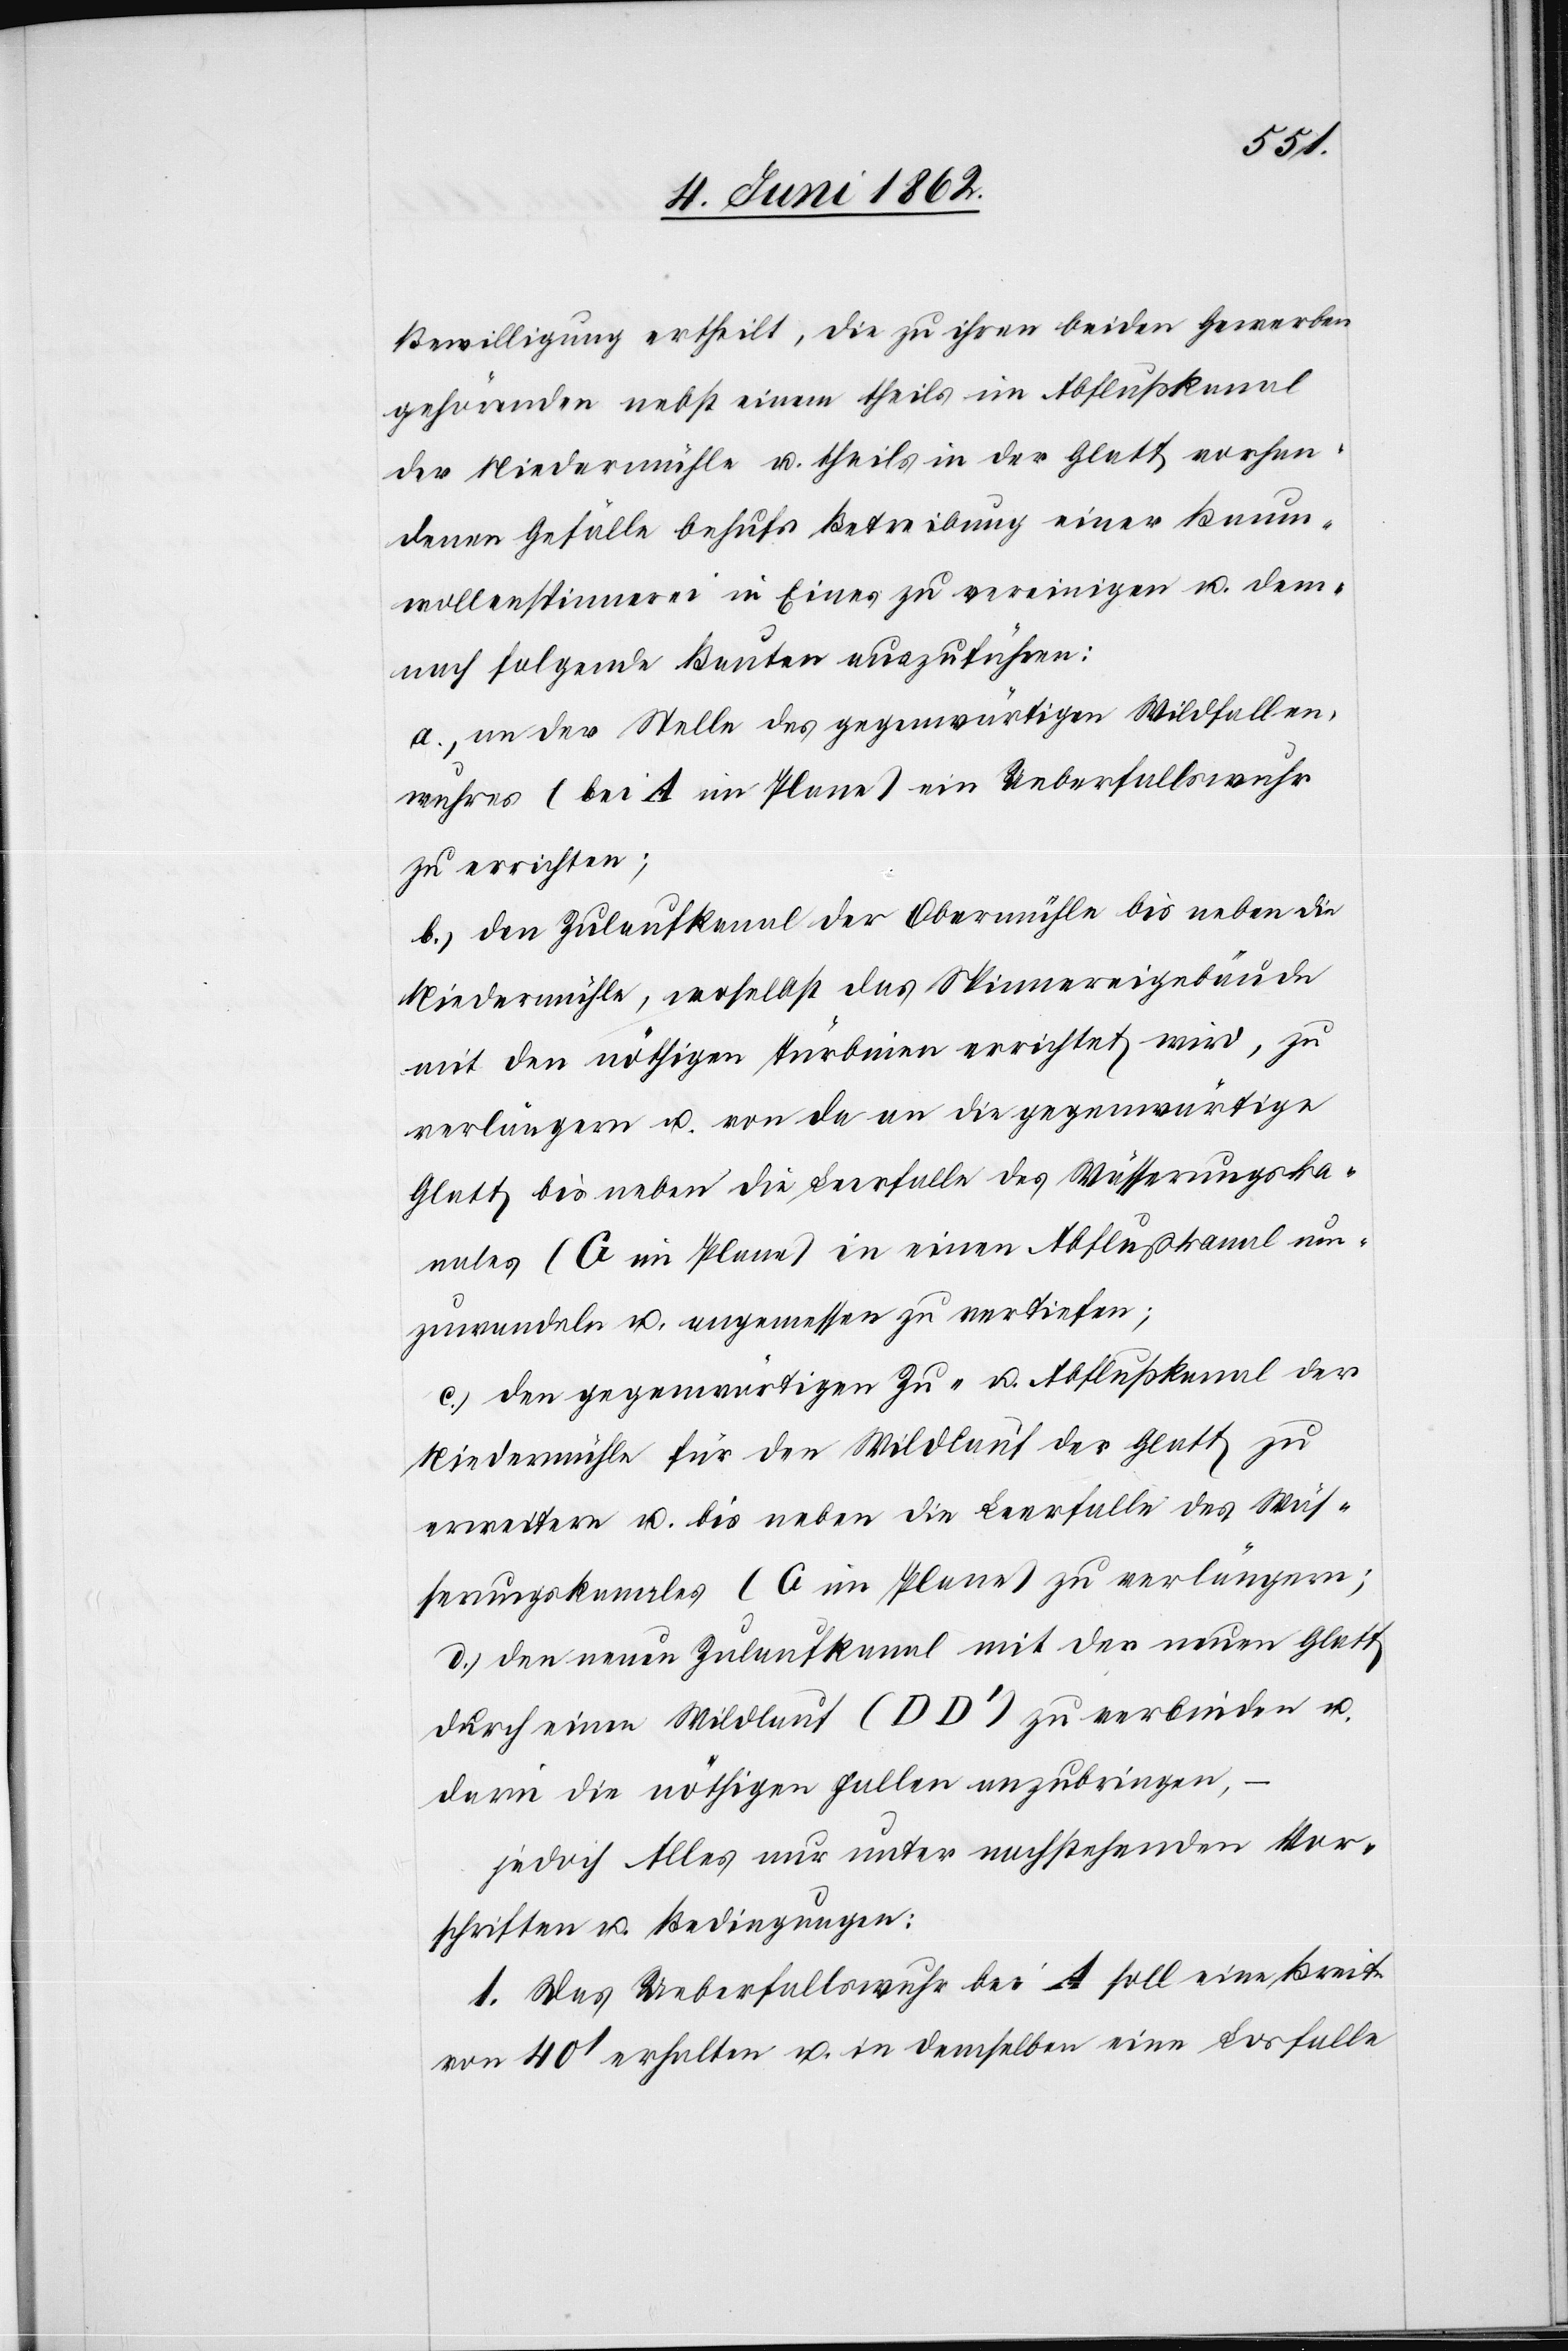
Bewilligung ertheilt, die zur ihren beiden Gewerben
gehörenden nebst einem theils im Abflußkanal
der Niedermühle u. theils in der Glatt vorhan¬
denen Gefälle behufs Betreibung einer Baum¬
wollenspinnerei in Eines zu vereinigen u. dem¬
nach folgende Bauten auszuführen:
a) an der Stelle des gegenwärtigen Wildfallen¬
wuhres (bei A im Plane) ein Ueberfallswuhr
zu errichten;
b) den Zulaufkanal der Obermühle bis neben die
Niedermühle, woselbst das Spinnengebäude
mit den nöthigen Türbinen errichtet wird, zu
verlängern u. von da an die gegenwärtige
Glatt bis neben die Leerfalle des Wässerungska¬
nales (G im Plane) in einen Abflußkanal um¬
zuwandeln u. angemessen zu vertiefen;
c) den gegenwärtigen Zu- u. Abflußkanal der
Niedermühle für den Wildlauf der Glatt zu
erweitern u. bis neben die Leerfalle des Wäs¬
serungskanales (G im Plane) zu verlängern;
d) den neuen Zulaufkanal mit der neuen Glatt
durch einen Wildlauf (DD’) zu verbinden u.
darin die nöthigen Fallen anzubringen;
jedoch Alles nur unter nachstehenden Vor¬
schriften u. Bedingungen:
1. Das Ueberfallswuhr bei A soll eine Breite
von 40’ erhalten u. in demselben eine Losfalle